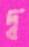
দ্ব